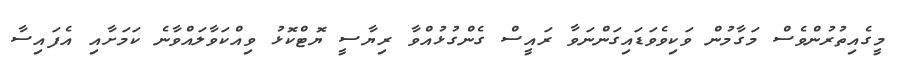
މީގެއިތުރުންވެސް މަގާމުން ވަކިވެވަޑައިގަންނަވާ ރައީސް ގެންގުޅުއްވާ ރިޔާސީ ޔޮޓްކޮޅު ވިއްކަވާލައްވާނެ ކަމަށާއި އެފައިސާ